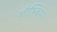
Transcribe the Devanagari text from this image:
गौम्बिया